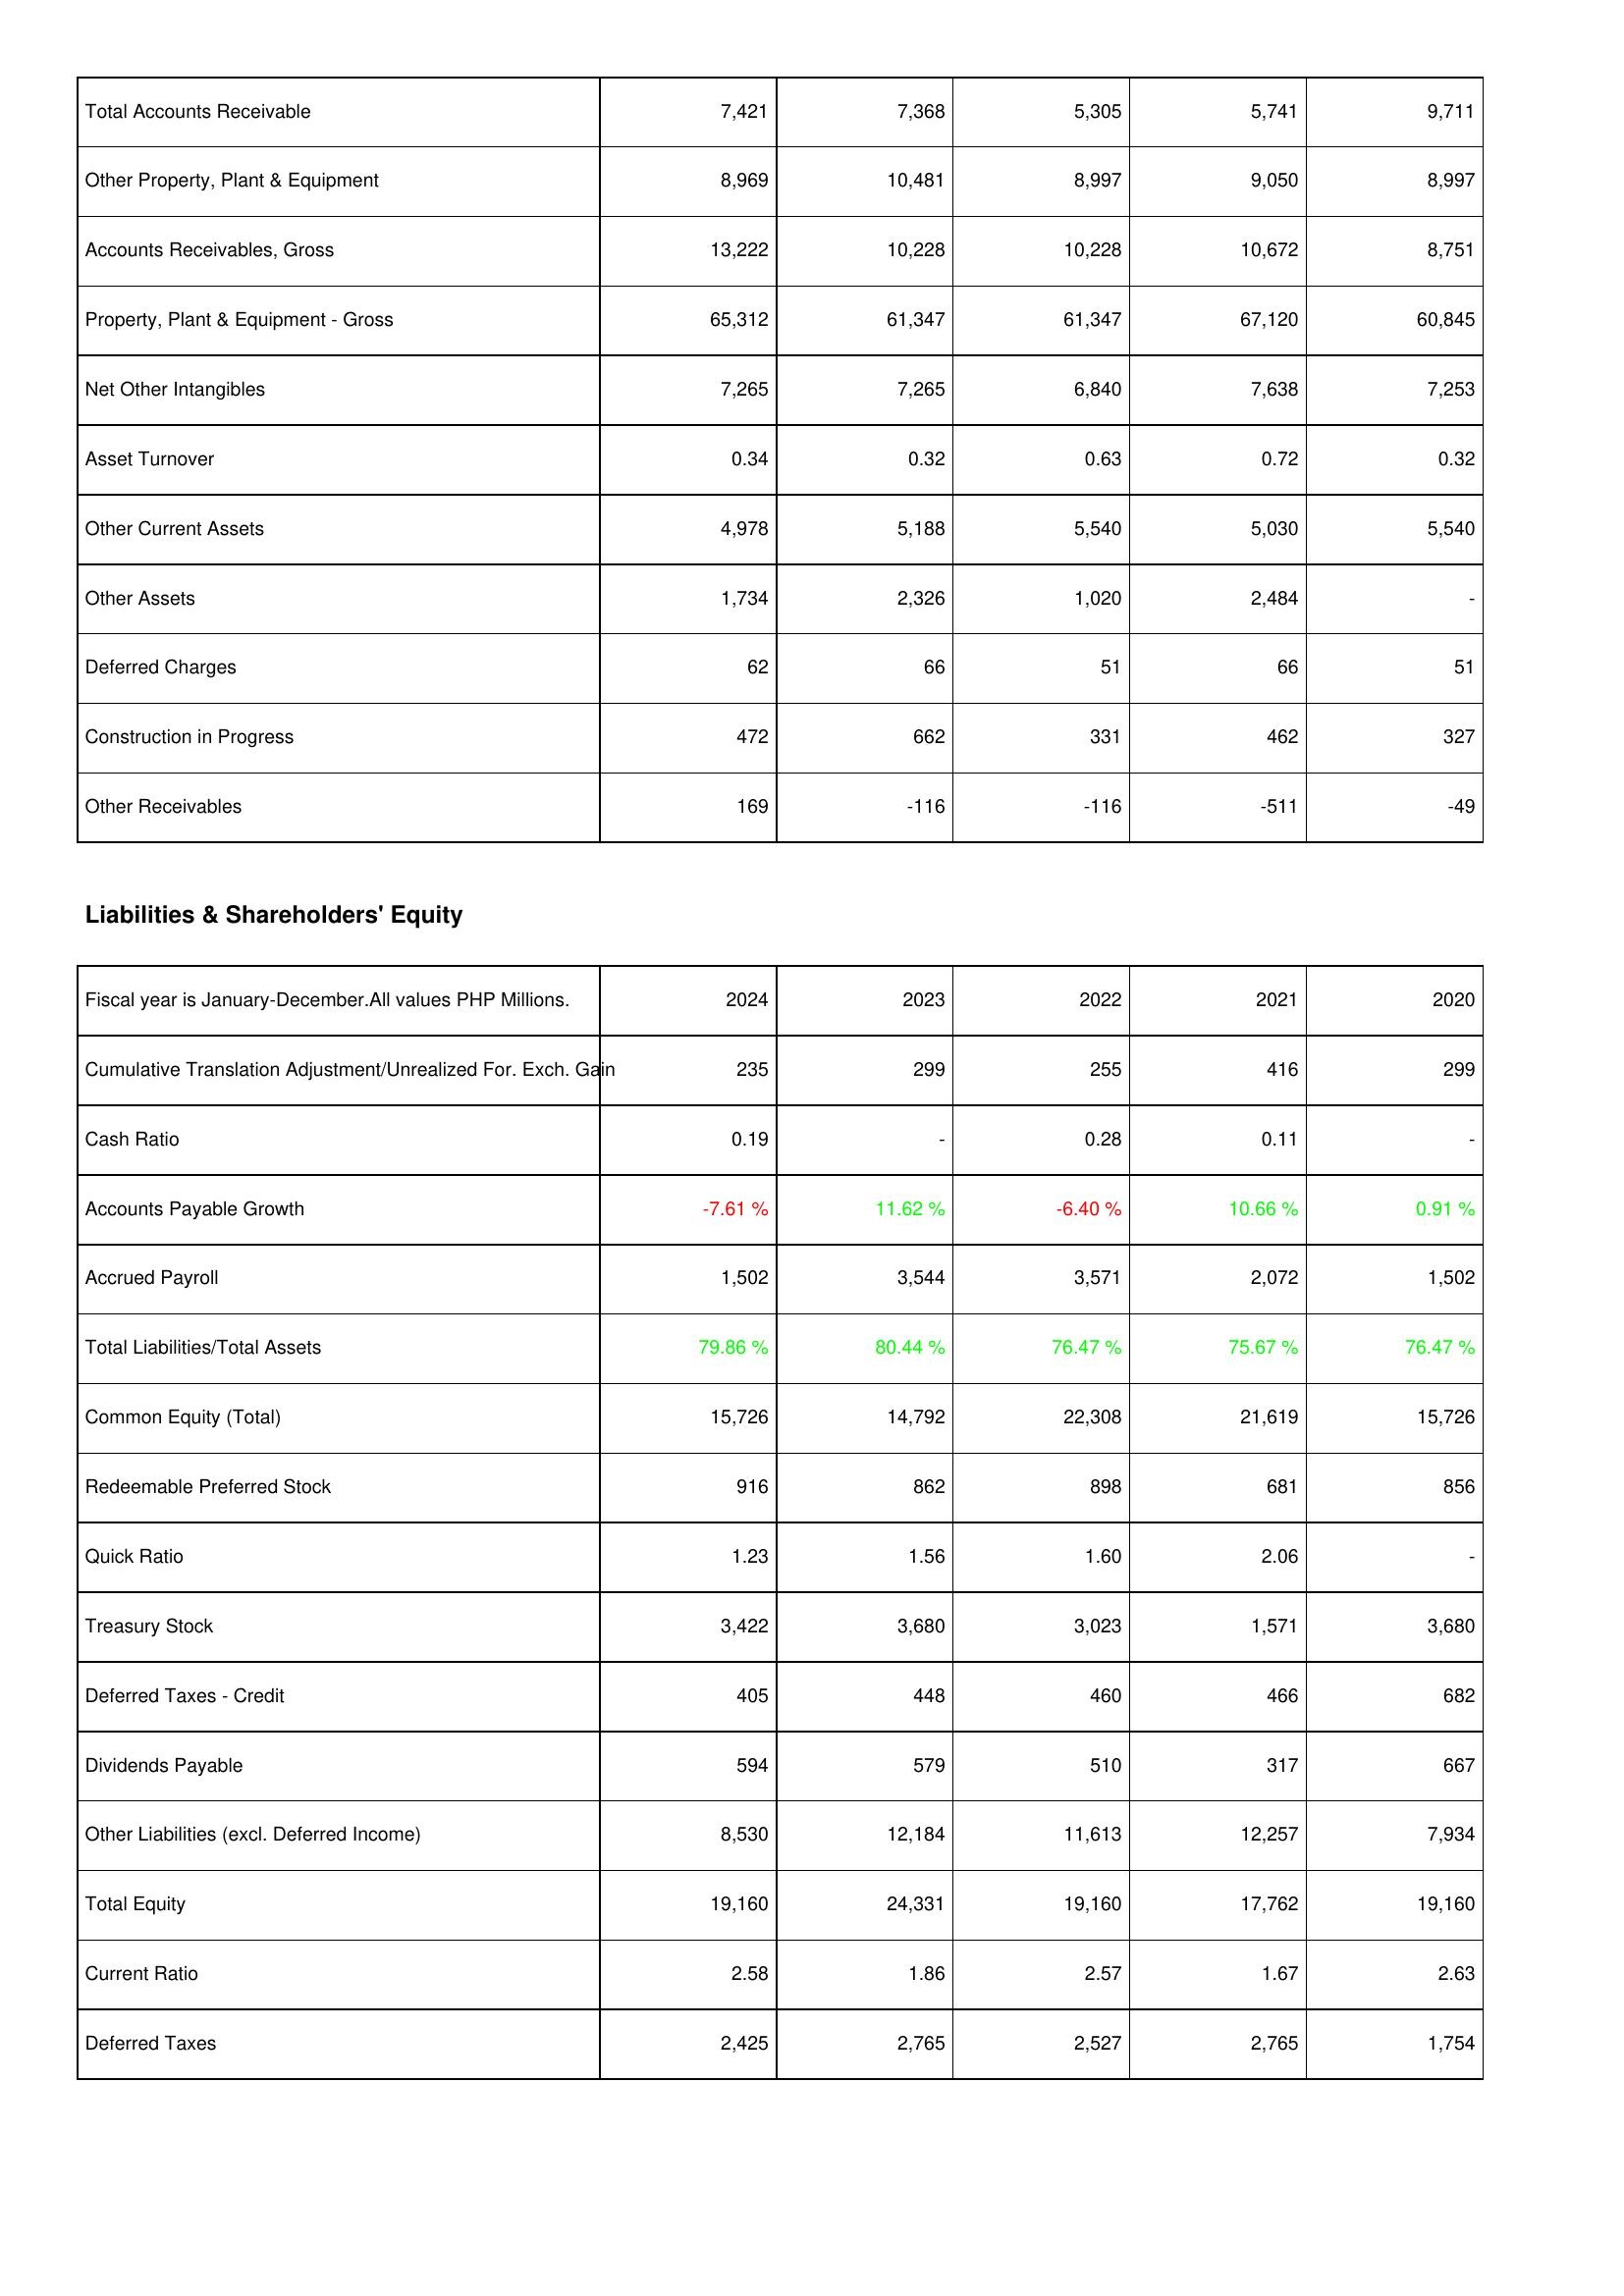
2024: Assets: Total Accounts Receivable: 7,421
Other Property, Plant & Equipment: 8,969
Accounts Receivables, Gross: 13,222
Property, Plant & Equipment - Gross: 65,312
Net Other Intangibles: 7,265
Asset Turnover: 0.34
Other Current Assets: 4,978
Other Assets: 1,734
Deferred Charges: 62
Construction in Progress: 472
Other Receivables: 169
Liabilities & Shareholders' Equity: Cumulative Translation Adjustment/Unrealized For. Exch. Gain: 235
Cash Ratio: 0.19
Accounts Payable Growth: -7.61 %
Accrued Payroll: 1,502
Total Liabilities/Total Assets: 79.86 %
Common Equity (Total): 15,726
Redeemable Preferred Stock: 916
Quick Ratio: 1.23
Treasury Stock: 3,422
Deferred Taxes - Credit: 405
Dividends Payable: 594
Other Liabilities (excl. Deferred Income): 8,530
Total Equity: 19,160
Current Ratio: 2.58
Deferred Taxes: 2,425
2023: Assets: Total Accounts Receivable: 7,368
Other Property, Plant & Equipment: 10,481
Accounts Receivables, Gross: 10,228
Property, Plant & Equipment - Gross: 61,347
Net Other Intangibles: 7,265
Asset Turnover: 0.32
Other Current Assets: 5,188
Other Assets: 2,326
Deferred Charges: 66
Construction in Progress: 662
Other Receivables: -116
Liabilities & Shareholders' Equity: Cumulative Translation Adjustment/Unrealized For. Exch. Gain: 299
Cash Ratio: -
Accounts Payable Growth: 11.62 %
Accrued Payroll: 3,544
Total Liabilities/Total Assets: 80.44 %
Common Equity (Total): 14,792
Redeemable Preferred Stock: 862
Quick Ratio: 1.56
Treasury Stock: 3,680
Deferred Taxes - Credit: 448
Dividends Payable: 579
Other Liabilities (excl. Deferred Income): 12,184
Total Equity: 24,331
Current Ratio: 1.86
Deferred Taxes: 2,765
2022: Assets: Total Accounts Receivable: 5,305
Other Property, Plant & Equipment: 8,997
Accounts Receivables, Gross: 10,228
Property, Plant & Equipment - Gross: 61,347
Net Other Intangibles: 6,840
Asset Turnover: 0.63
Other Current Assets: 5,540
Other Assets: 1,020
Deferred Charges: 51
Construction in Progress: 331
Other Receivables: -116
Liabilities & Shareholders' Equity: Cumulative Translation Adjustment/Unrealized For. Exch. Gain: 255
Cash Ratio: 0.28
Accounts Payable Growth: -6.40 %
Accrued Payroll: 3,571
Total Liabilities/Total Assets: 76.47 %
Common Equity (Total): 22,308
Redeemable Preferred Stock: 898
Quick Ratio: 1.60
Treasury Stock: 3,023
Deferred Taxes - Credit: 460
Dividends Payable: 510
Other Liabilities (excl. Deferred Income): 11,613
Total Equity: 19,160
Current Ratio: 2.57
Deferred Taxes: 2,527
2021: Assets: Total Accounts Receivable: 5,741
Other Property, Plant & Equipment: 9,050
Accounts Receivables, Gross: 10,672
Property, Plant & Equipment - Gross: 67,120
Net Other Intangibles: 7,638
Asset Turnover: 0.72
Other Current Assets: 5,030
Other Assets: 2,484
Deferred Charges: 66
Construction in Progress: 462
Other Receivables: -511
Liabilities & Shareholders' Equity: Cumulative Translation Adjustment/Unrealized For. Exch. Gain: 416
Cash Ratio: 0.11
Accounts Payable Growth: 10.66 %
Accrued Payroll: 2,072
Total Liabilities/Total Assets: 75.67 %
Common Equity (Total): 21,619
Redeemable Preferred Stock: 681
Quick Ratio: 2.06
Treasury Stock: 1,571
Deferred Taxes - Credit: 466
Dividends Payable: 317
Other Liabilities (excl. Deferred Income): 12,257
Total Equity: 17,762
Current Ratio: 1.67
Deferred Taxes: 2,765
2020: Assets: Total Accounts Receivable: 9,711
Other Property, Plant & Equipment: 8,997
Accounts Receivables, Gross: 8,751
Property, Plant & Equipment - Gross: 60,845
Net Other Intangibles: 7,253
Asset Turnover: 0.32
Other Current Assets: 5,540
Other Assets: -
Deferred Charges: 51
Construction in Progress: 327
Other Receivables: -49
Liabilities & Shareholders' Equity: Cumulative Translation Adjustment/Unrealized For. Exch. Gain: 299
Cash Ratio: -
Accounts Payable Growth: 0.91 %
Accrued Payroll: 1,502
Total Liabilities/Total Assets: 76.47 %
Common Equity (Total): 15,726
Redeemable Preferred Stock: 856
Quick Ratio: -
Treasury Stock: 3,680
Deferred Taxes - Credit: 682
Dividends Payable: 667
Other Liabilities (excl. Deferred Income): 7,934
Total Equity: 19,160
Current Ratio: 2.63
Deferred Taxes: 1,754